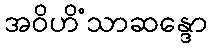
အဝိဟိံသာဆန္ဒော